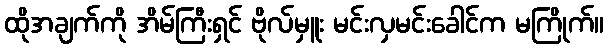
ထိုအချက်ကို အိမ်ကြီးရှင် ဗိုလ်မှူး မင်းလှမင်းခေါင်က မကြိုက်။